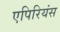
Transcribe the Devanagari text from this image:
एपिरियंस